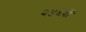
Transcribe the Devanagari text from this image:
२४६वाँ